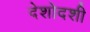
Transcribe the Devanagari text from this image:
देशोदशी